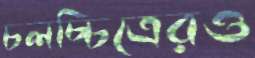
চলচ্চিত্রেরও